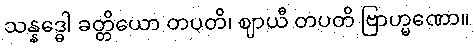
သန္နဒ္ဓေါ ခတ္တိယော တပတိ၊ ဈာယီ တပတိ ဗြာဟ္မဏော။